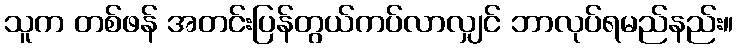
သူက တစ်ဖန် အတင်းပြန်တွယ်ကပ်လာလျှင် ဘာလုပ်ရမည်နည်း။